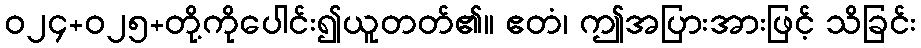
ဝ၂၄+၀၂၅+တို့ကိုပေါင်း၍ယူတတ်၏။ ဧတံ၊ ဤအပြားအားဖြင့် သိခြင်း